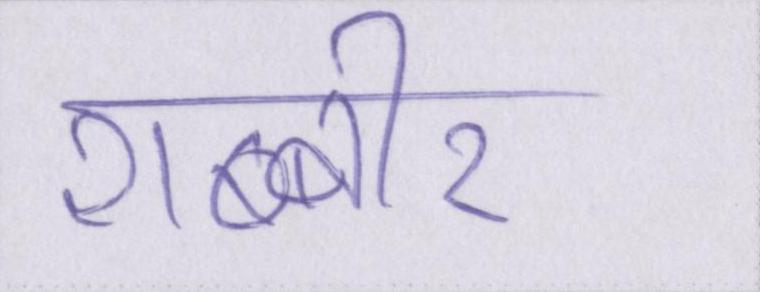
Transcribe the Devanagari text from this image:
शब्बीर